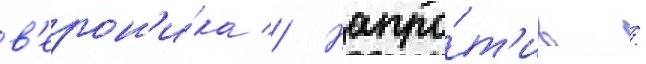
в'ерон'и́ка // Напро́т'ив /